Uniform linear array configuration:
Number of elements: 48
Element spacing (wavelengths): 0.5
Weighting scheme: exponential
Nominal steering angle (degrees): -15
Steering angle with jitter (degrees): -15.222
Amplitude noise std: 0.05
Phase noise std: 0.05

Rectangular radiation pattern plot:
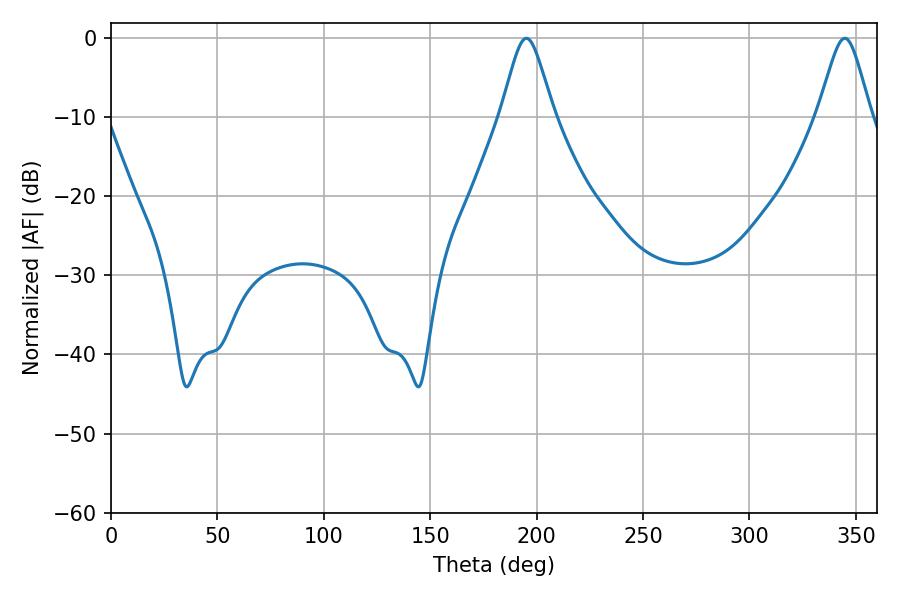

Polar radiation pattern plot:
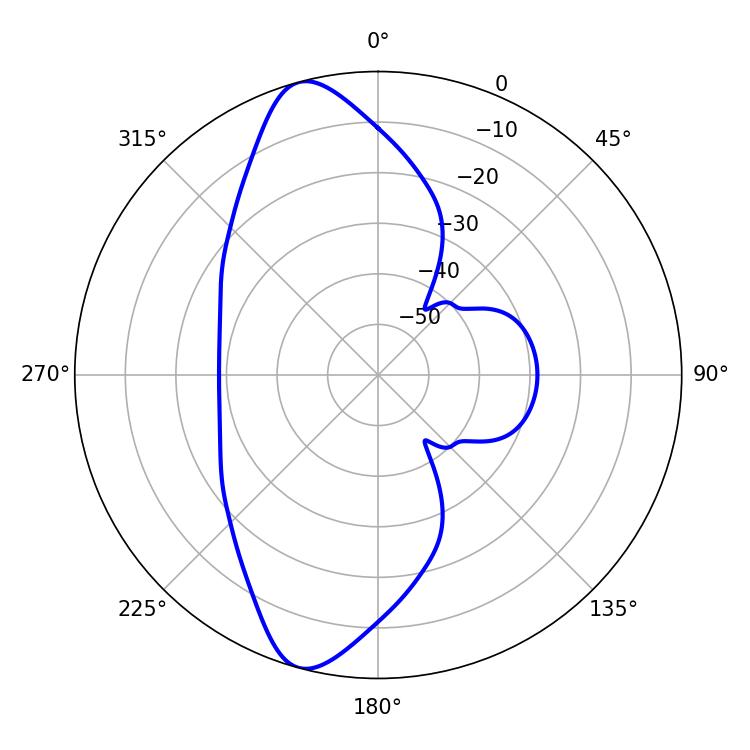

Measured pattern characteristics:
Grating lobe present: FALSE
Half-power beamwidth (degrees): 11.88
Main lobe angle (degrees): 195.12